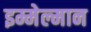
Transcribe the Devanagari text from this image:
इम्मेल्मान